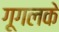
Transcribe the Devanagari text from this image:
गूगलके